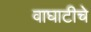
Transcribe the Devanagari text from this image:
वाघाटीचे